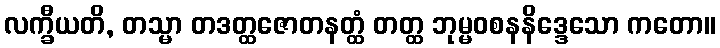
လက္ခီယတိ, တသ္မာ တဒတ္ထဇောတနတ္ထံ တတ္ထ ဘုမ္မဝစနနိဒ္ဒေသော ကတော။